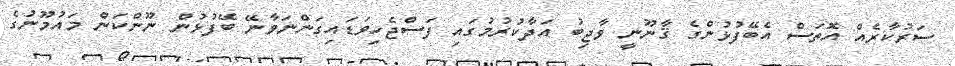
ސަރުކާރެއް އޮތަސް އެބޭފުޅުންގެ ޤާނޫނީ ވާޖިބު އަދާކުރުމުގައި ފަސްޖެހިވަޑައިގަންނަވާނޭ ބޭފުޅުން ނޫންކަން މައުމޫނުގެ